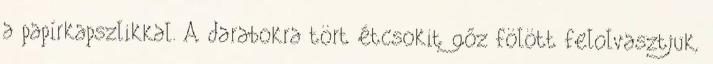
a papírkapszlikkal. A darabokra tört étcsokit gőz fölött felolvasztjuk,